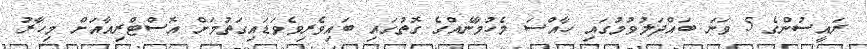
ރައީސުންގެ 5 ވަނަ ބައްދަލުވުމުގައި ހާއްސަ މެހުމާނެއްގެ ގޮތުގައި ބައިވެރިވެވަޑައިގަތުމަށް އޮސްޓްރިއާއަށް މިހާރު